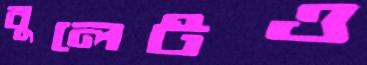
বুলেটও